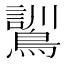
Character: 𮭌